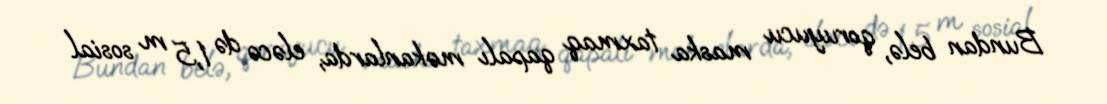
Bundan belə, qoruyucu maska taxmaq qapalı məkanlarda, eləcə də 1,5 m sosial